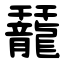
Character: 䶬